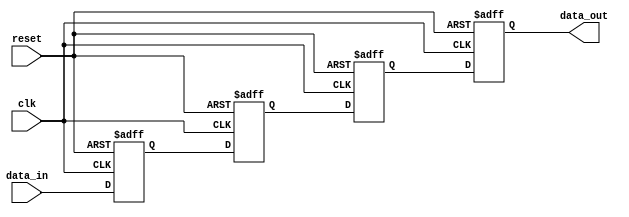
module four_flop_synchronizer(
    input wire clk,
    input wire reset,
    input wire data_in,
    output reg data_out
);

reg [3:0] stages [0:3];

always @(posedge clk or posedge reset) begin
    if (reset) begin
        stages[0] <= 1'b0;
        stages[1] <= 1'b0;
        stages[2] <= 1'b0;
        stages[3] <= 1'b0;
    end else begin
        stages[0] <= data_in;
        stages[1] <= stages[0];
        stages[2] <= stages[1];
        stages[3] <= stages[2];
    end
end

assign data_out = stages[3];

endmodule